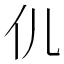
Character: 𮯴